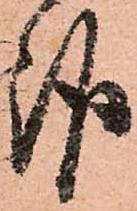
報